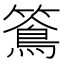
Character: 𥵌